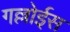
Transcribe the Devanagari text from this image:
गल्लोईस